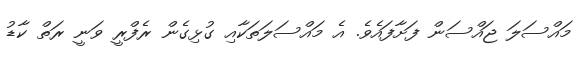
މައްސަލަ ޖައްސަން ފަށާފައެވެ. އެ މައްސަލަތަކާއި ގުޅިގެން ރެފްރީ ވަނީ ރަތް ކާޑު